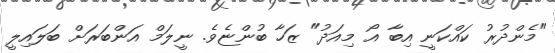
"މެންދުރު ކައްކަނީ އިބާ އޯ މިއަދު" ޒަހާ ބުންޏެވެ. ނީލަމް އަންބަރަށް ބަލައިލީ